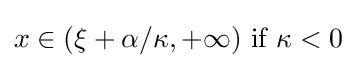
x\in (\xi +\alpha /\kappa ,+\infty ){\text{ if }}\kappa <0